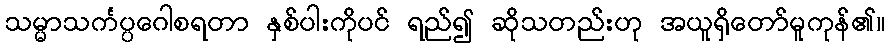
သမ္မာသင်္ကပ္ပဂေါစရတာ နှစ်ပါးကိုပင် ရည်၍ ဆိုသတည်းဟု အယူရှိတော်မူကုန်၏။